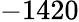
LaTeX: -1420